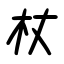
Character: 杖